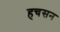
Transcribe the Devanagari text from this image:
हचसन